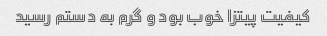
کیفیت پیتزا خوب بود و گرم به دستم رسید